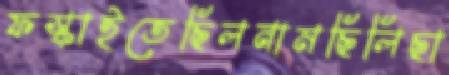
ফস্‌কাইতেছিলনামছিলিছা